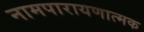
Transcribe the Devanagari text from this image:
नामपारायणात्मक